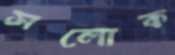
সলোক